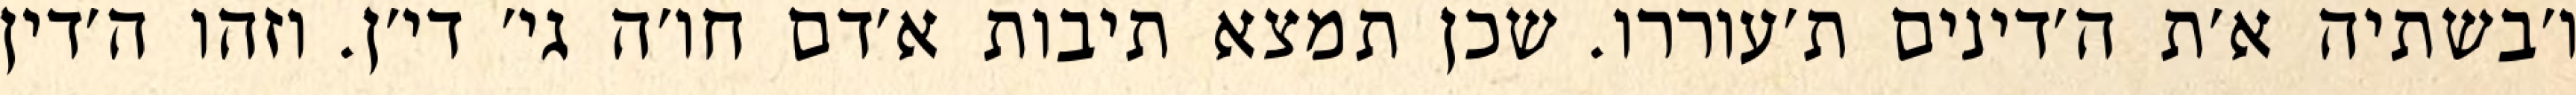
ו׳בשתיה א׳ת ה׳דינים ת׳עוררו. שכן תמצא תיבות א׳דם חו׳ה גי׳ די׳ן. וזהו ה׳דין